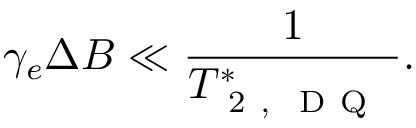
\gamma _ { e } \Delta B \ll \frac { 1 } { T _ { \mathrm { ~ 2 ~ , ~ \mathrm { ~ D ~ Q ~ } ~ } } ^ { * } } .